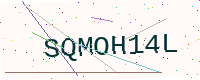
Text: SQMOH14L